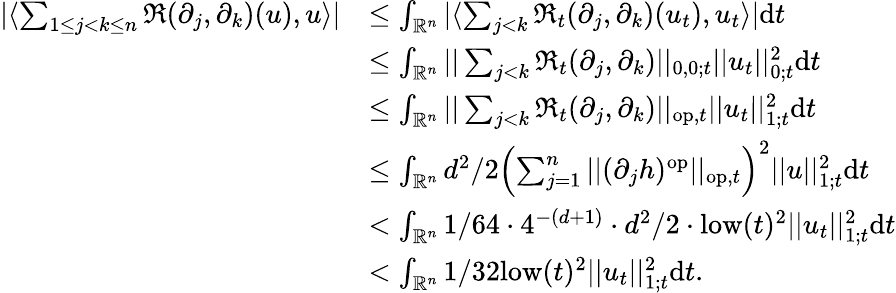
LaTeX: \begin{array}{rl}{|\langle\sum_{1\leq j<k\leq n}\mathfrak{R}(\partial_{j},\partial_{k})(u),u\rangle|}&{\leq\int_{\mathord{\mathbb{R}}^{n}}|\langle\sum_{j<k}\mathfrak{R}_{t}(\partial_{j},\partial_{k})(u_{t}),u_{t}\rangle|\mathrm{d}t}\\ &{\leq\int_{\mathord{\mathbb{R}}^{n}}||\sum_{j<k}\mathfrak{R}_{t}(\partial_{j},\partial_{k})||_{0,0;t}||u_{t}||_{0;t}^{2}\mathrm{d}t}\\ &{\leq\int_{\mathord{\mathbb{R}}^{n}}||\sum_{j<k}\mathfrak{R}_{t}(\partial_{j},\partial_{k})||_{\mathrm{op},t}||u_{t}||_{1;t}^{2}\mathrm{d}t}\\ &{\leq\int_{\mathord{\mathbb{R}}^{n}}d^{2}/2\left(\sum_{j=1}^{n}||(\partial_{j}h)^{\mathrm{op}}||_{\mathrm{op},t}\right)^{2}||u||_{1;t}^{2}\mathrm{d}t}\\ &{<\int_{\mathord{\mathbb{R}}^{n}}1/64\cdot 4^{-(d+1)}\cdot d^{2}/2\cdot\mathrm{low}(t)^{2}||u_{t}||_{1;t}^{2}\mathrm{d}t}\\ &{<\int_{\mathord{\mathbb{R}}^{n}}1/32\mathrm{low}(t)^{2}||u_{t}||_{1;t}^{2}\mathrm{d}t.}\end{array}